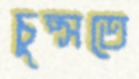
চুপ্‌সতে